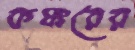
কঙ্করের